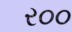
ર૦૦